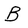
Character: B